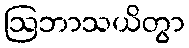
ဩဘာသယိတွာ